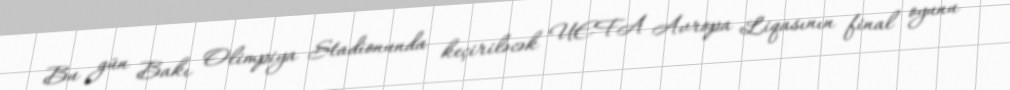
Bu gün Bakı Olimpiya Stadionunda keçiriləcək UEFA Avropa Liqasının final oyunu